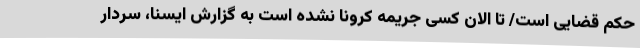
حکم قضایی است/ تا الان کسی جریمه کرونا نشده است به گزارش ایسنا، سردار